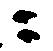
ニ